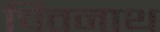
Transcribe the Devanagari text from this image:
चितनाथ